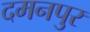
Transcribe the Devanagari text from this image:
दमनपुर